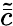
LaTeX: \tilde{\bar{c}}